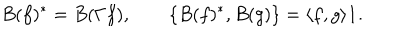
B ( f ) ^ { * } = B ( \Gamma f ) , \qquad \{ B ( f ) ^ { * } , B ( g ) \} = \langle f , g \rangle { \bf 1 } .